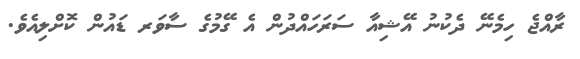
ރާއްޖެ ހިމެނޭ ދެކުނު އޭޝިއާ ސަރަހައްދުން އެ ގޭމުގެ ސާވަރ ޑައުން ކޮށްލިއެވެ.